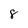
Character: 8